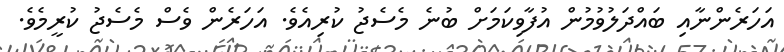
އަހަރެންނާއި ބައްދަލުވުމުން އުފާވިކަމަށް ބުނެ މެސެޖު ކުރިއެވެ. އަހަރެން ވެސް މެސެޖު ކުރީމެވެ.